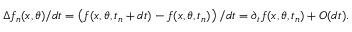
\Delta f _ { n } ( x , \theta ) / d t = \left( f ( x , \theta , t _ { n } + d t ) - f ( x , \theta , t _ { n } ) \right) / d t = \partial _ { t } f ( x , \theta , t _ { n } ) + O ( d t ) .